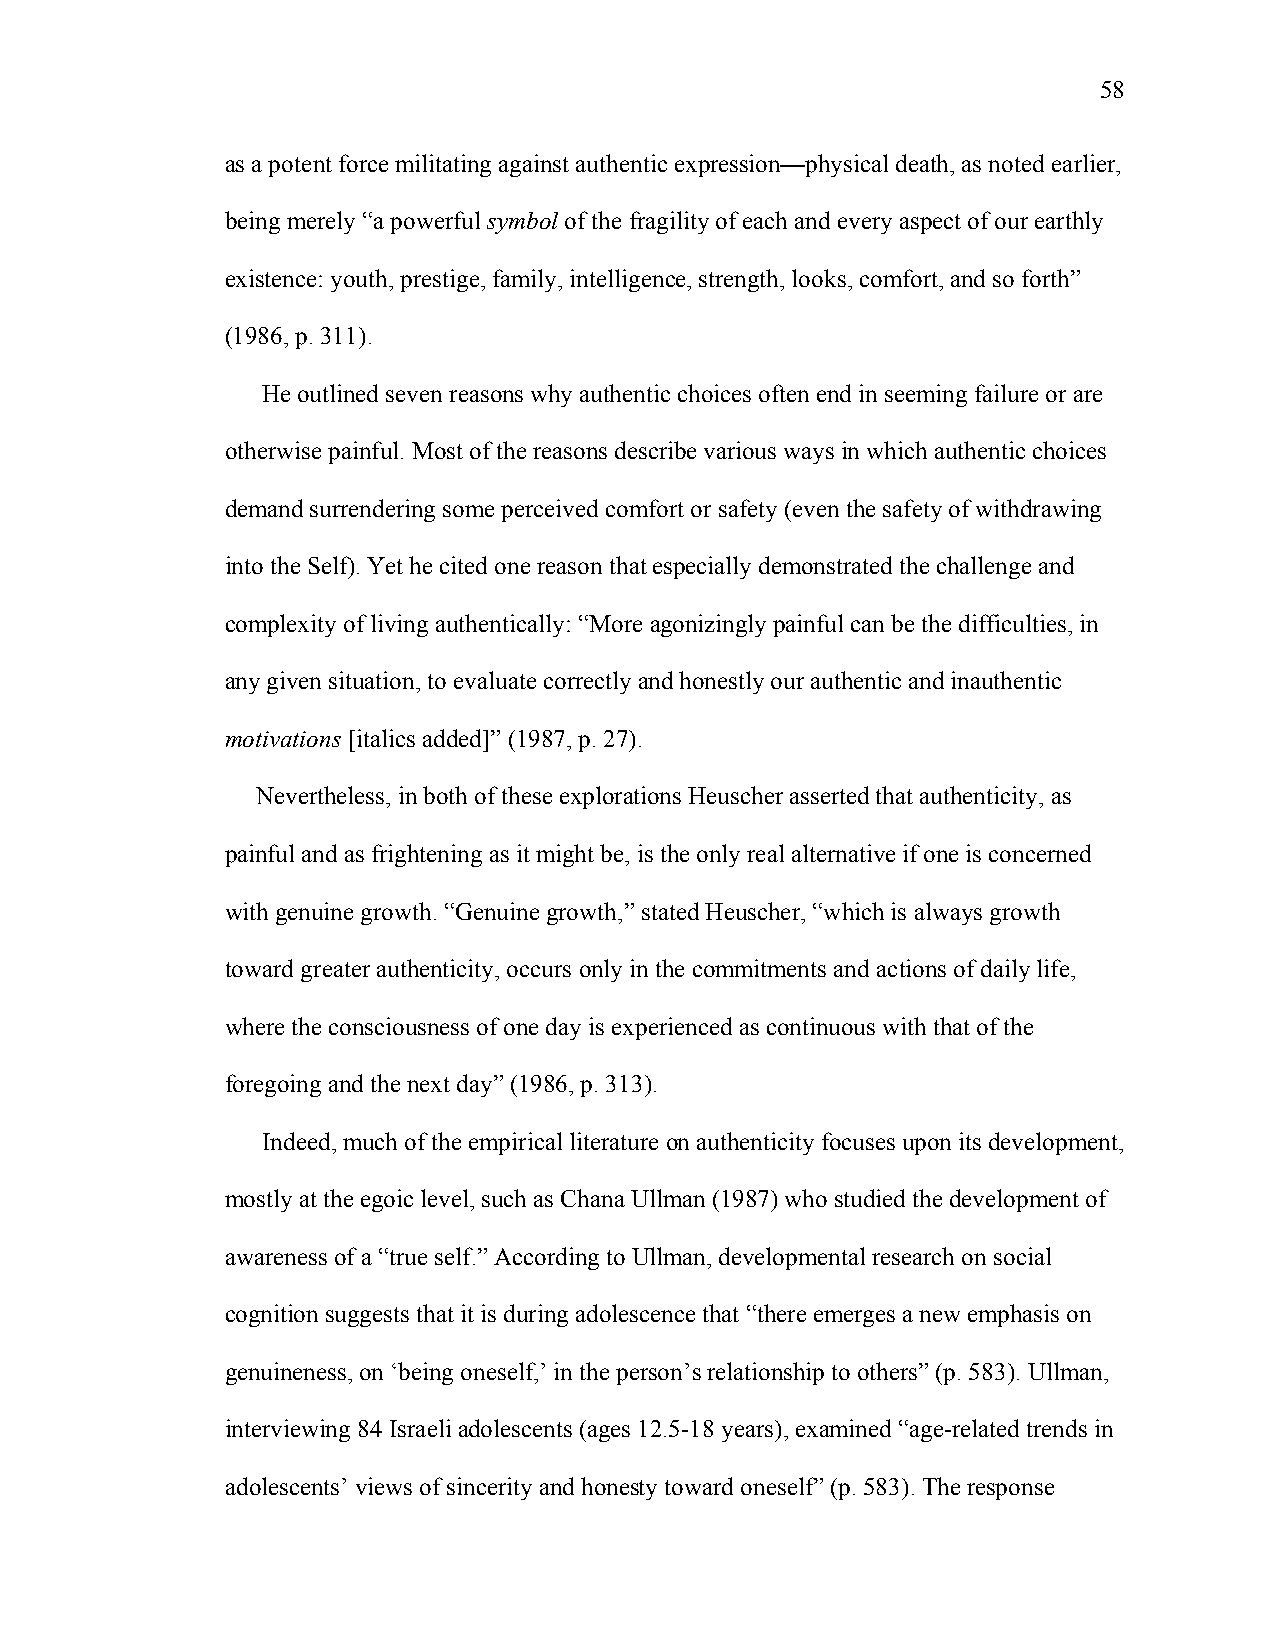
58
 as a potent force militating against authentic expression—physical death, as noted earlier,
 being merely “a powerful symbol of the fragility of each and every aspect of our earthly
 existence: youth, prestige, family, intelligence, strength, looks, comfort, and so forth”
 (1986, p. 311).
 He outlined seven reasons why authentic choices often end in seeming failure or are
 otherwise painful. Most of the reasons describe various ways in which authentic choices
 demand surrendering some perceived comfort or safety (even the safety of withdrawing
 into the Self). Yet he cited one reason that especially demonstrated the challenge and
 complexity of living authentically: “More agonizingly painful can be the difficulties, in
 any given situation, to evaluate correctly and honestly our authentic and inauthentic
 motivations [italics added]” (1987, p. 27).
 Nevertheless, in both of these explorations Heuscher asserted that authenticity, as
 painful and as frightening as it might be, is the only real alternative if one is concerned
 with genuine growth. “Genuine growth,” stated Heuscher, “which is always growth
 toward greater authenticity, occurs only in the commitments and actions of daily life,
 where the consciousness of one day is experienced as continuous with that of the
 foregoing and the next day” (1986, p. 313).
 Indeed, much of the empirical literature on authenticity focuses upon its development,
 mostly at the egoic level, such as Chana Ullman (1987) who studied the development of
 awareness of a “true self.” According to Ullman, developmental research on social
 cognition suggests that it is during adolescence that “there emerges a new emphasis on
 genuineness, on ‘being oneself,’ in the person’s relationship to others” (p. 583). Ullman,
 interviewing 84 Israeli adolescents (ages 12.5-18 years), examined “age-related trends in
 adolescents’ views of sincerity and honesty toward oneself” (p. 583). The response